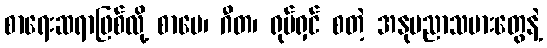
စာရေးဆရာဖြစ်လို့ စာပေ၊ ဂီတ၊ ရုပ်ရှင် စတဲ့ အနုပညာသမားတွေနဲ့